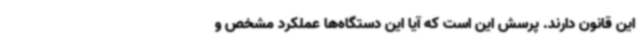
این قانون دارند. پرسش این است که آیا این دستگاه‌ها عملکرد مشخص و